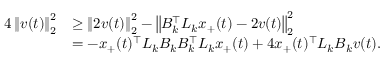
\begin{array} { r l } { 4 \left\| v ( t ) \right\| _ { 2 } ^ { 2 } } & { \geq \left\| 2 v ( t ) \right\| _ { 2 } ^ { 2 } - \left\| B _ { k } ^ { \top } L _ { k } x _ { + } ( t ) - 2 v ( t ) \right\| _ { 2 } ^ { 2 } } \\ & { = - x _ { + } ( t ) ^ { \top } L _ { k } B _ { k } B _ { k } ^ { \top } L _ { k } x _ { + } ( t ) + 4 x _ { + } ( t ) ^ { \top } L _ { k } B _ { k } v ( t ) . } \end{array}